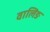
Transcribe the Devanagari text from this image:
वालिङ